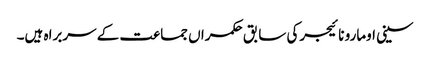
سینی اومارو نائیجرکی سابق حکمراں جماعت کے سربراہ ہیں۔